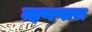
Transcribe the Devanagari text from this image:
म्हणणारा